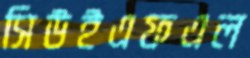
সিউইএফএল